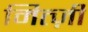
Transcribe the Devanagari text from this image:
मित्ज़ी